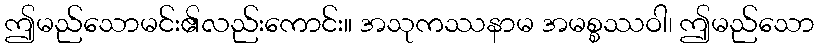
ဤမည်သောမင်း၏လည်းကောင်း။ အသုကဿနာမ အမစ္စဿဝါ၊ ဤမည်သော